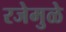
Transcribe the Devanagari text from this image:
रजेमुळे